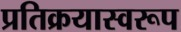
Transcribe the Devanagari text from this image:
प्रतिक्रयास्वरूप